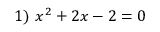
1 ) \ x ^ { 2 } + 2 x - 2 = 0